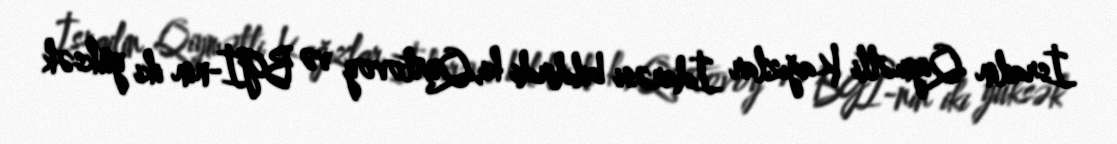
İsrailin Qiymətli Kağızlar İdarəsi bildirdi ki,Qurtovoy və BGİ-nin iki yüksək